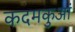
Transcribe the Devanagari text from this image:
कदमकुआं